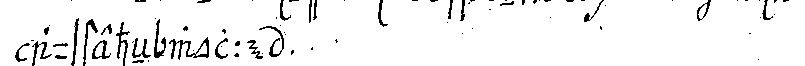
aussteheN wolle .